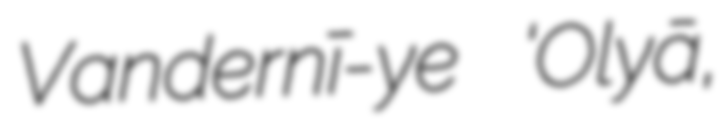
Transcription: Vandernī-ye ‘Olyā,